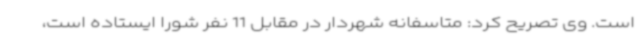
است. وی تصریح کرد: متاسفانه شهردار در مقابل 11 نفر شورا ایستاده است،